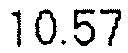
10.57